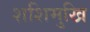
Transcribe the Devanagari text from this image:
शशिमुखि